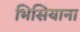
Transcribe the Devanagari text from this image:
भिसियाना